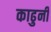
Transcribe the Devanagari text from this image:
काढुनी